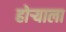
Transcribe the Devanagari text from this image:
होर्‍याला